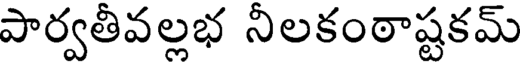
పార్వతీవల్లభ నీలకంఠాష్టకమ్